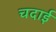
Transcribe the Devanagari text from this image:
चदाई